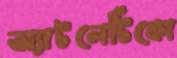
অ্যাটলেটিকো